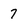
Character: 7